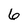
Character: 6